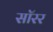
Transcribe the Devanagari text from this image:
सॉरर